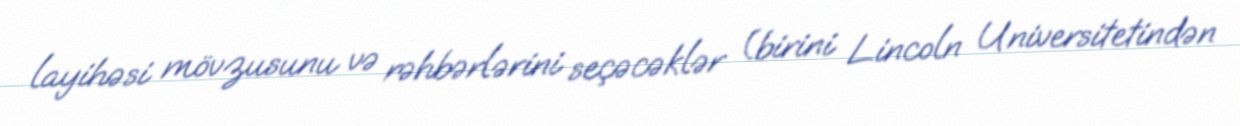
layihəsi mövzusunu və rəhbərlərini seçəcəklər (birini Lincoln Universitetindən